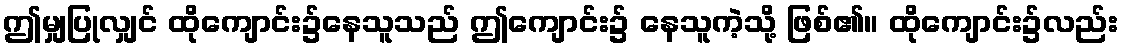
ဤမျှပြုလျှင် ထိုကျောင်း၌နေသူသည် ဤကျောင်း၌ နေသူကဲ့သို့ ဖြစ်၏။ ထိုကျောင်း၌လည်း